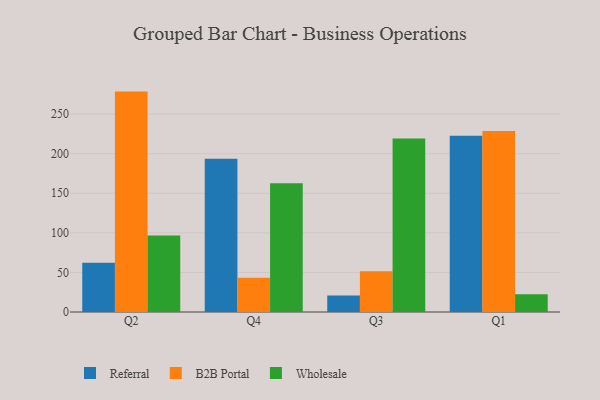
{"axis": {"x": "Quarter", "y": "Active Users"}, "legend": ["B2B Portal", "Referral", "Wholesale"], "data": [{"x": "Q2", "y": 62.3, "type": "Referral"}, {"x": "Q2", "y": 278.4, "type": "B2B Portal"}, {"x": "Q2", "y": 96.6, "type": "Wholesale"}, {"x": "Q4", "y": 193.5, "type": "Referral"}, {"x": "Q4", "y": 43.3, "type": "B2B Portal"}, {"x": "Q4", "y": 162.7, "type": "Wholesale"}, {"x": "Q3", "y": 20.7, "type": "Referral"}, {"x": "Q3", "y": 51.5, "type": "B2B Portal"}, {"x": "Q3", "y": 219.1, "type": "Wholesale"}, {"x": "Q1", "y": 222.5, "type": "Referral"}, {"x": "Q1", "y": 228.5, "type": "B2B Portal"}, {"x": "Q1", "y": 22.3, "type": "Wholesale"}]}